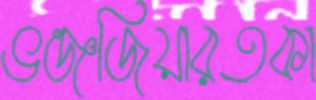
ভঞ্জজিয়ারতকা